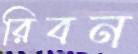
রিবন